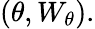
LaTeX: (\theta,W_{\theta}).